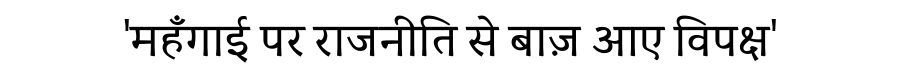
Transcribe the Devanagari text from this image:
'महँगाई पर राजनीति से बाज़ आए विपक्ष'